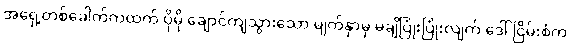
အရှေ့တစ်ခေါက်ကထက် ပိုမို ချောင်ကျသွားသော မျက်နှာမှ မချိပြုံးပြုံးလျက် ဒေါ်ငြိမ်းစံက